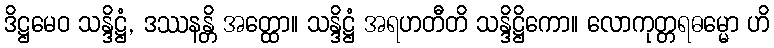
ဒိဋ္ဌမေဝ သန္ဒိဋ္ဌံ, ဒဿနန္တိ အတ္ထော။ သန္ဒိဋ္ဌံ အရဟတီတိ သန္ဒိဋ္ဌိကော။ လောကုတ္တရဓမ္မော ဟိ